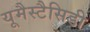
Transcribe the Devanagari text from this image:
यूमैस्टैसिडी